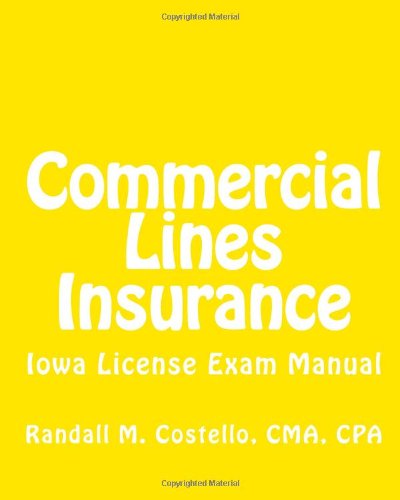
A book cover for Commercial Lines Insurance: Iowa License Exam Manual; CMA, CPA, Randall M. Costello; Business & Money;